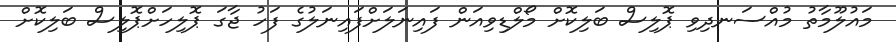
މައުލޫމާތު މުއްސަނދިވި ޕޮލިސް ބަލިކޮށް މޯލްޑިވިއަން ފައިނަލަށްފައިނަލުގެ ފަހު ޖާގަ ޕޮލިހަށްޕޮލިސް ބަލިކޮށް